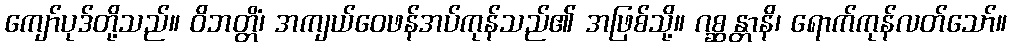
ကျော်ပုဒ်တို့သည်။ ဝိဘတ္တိံ၊ အကျယ်ဝေဖန်အပ်ကုန်သည်၏ အဖြစ်သို့။ ဂစ္ဆန္တာနိ၊ ရောက်ကုန်လတ်သော်။